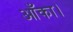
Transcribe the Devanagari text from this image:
आँका।